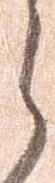
ら